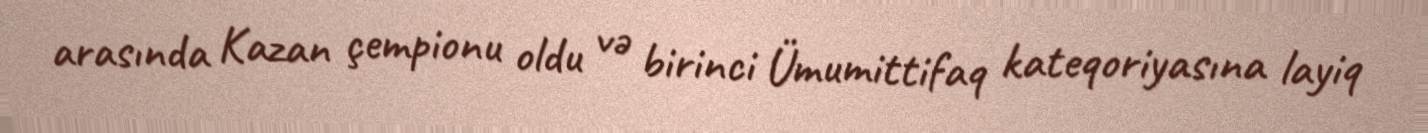
arasında Kazan çempionu oldu və birinci Ümumittifaq kateqoriyasına layiq